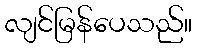
လျင်မြန်ပေသည်။